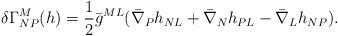
LaTeX: \begin{align*}\delta \Gamma^M_{NP} (h) = {1 \over 2} \bar g^{ML} ( \bar \nabla_P h_{NL} + \bar \nabla_N h_{PL} - \bar \nabla_L h_{NP} ).\end{align*}